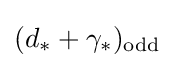
(d_{*}+\gamma _{*})_{\text{odd}}